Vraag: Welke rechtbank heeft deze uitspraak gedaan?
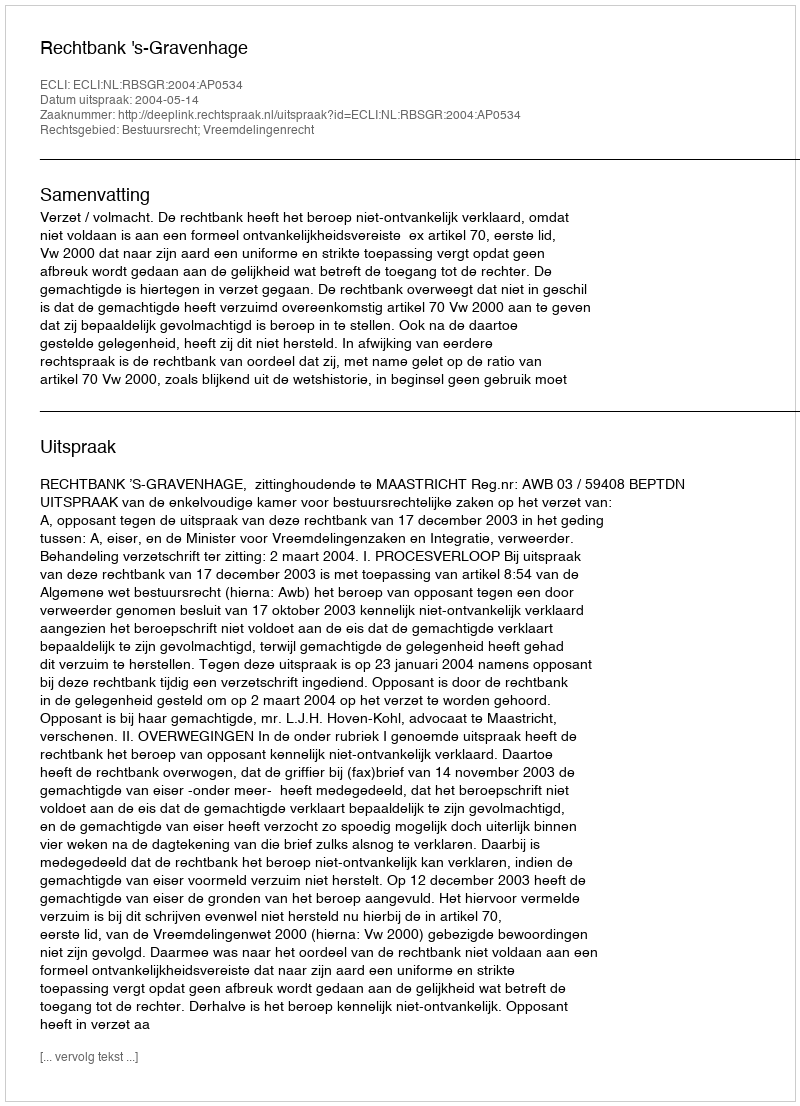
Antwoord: Rechtbank 's-Gravenhage